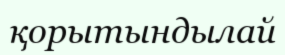
қорытындылай